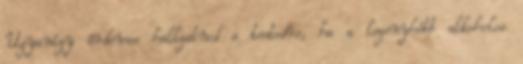
Ugyanígy érdemes hallgatnod a testedre, ha a legenyhébb alkoholos